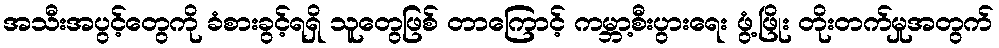
အသီးအပွင့်တွေကို ခံစားခွင့်ရရှိ သူတွေဖြစ် တာကြောင့် ကမ္ဘာ့စီးပွားရေး ဖွံ့ဖြိုး တိုးတက်မှုအတွက်